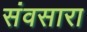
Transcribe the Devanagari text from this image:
संवसारा